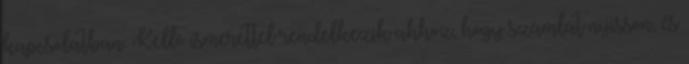
kapcsolatban. Kellő ismerettel rendelkezik ahhoz, hogy számlát nyisson, és